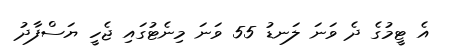
އެ ޓީމުގެ ދެ ވަނަ ލަނޑު 55 ވަނަ މިނެޓުގައި ޖެހީ ޔަސްފާދު